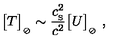
\big [ T \big ] _ { _ { \oslash } } \sim { \frac { c _ { _ \mathrm { S } } ^ { 2 } } { c ^ { 2 } } } \big [ U \big ] _ { _ { \oslash } } \ ,